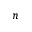
n